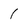
Character: 1